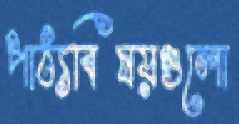
পাঠ্যবিষয়গুলো